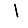
Digit: 1